Annual report of the Bengal Veterinary College and of the Civil Veterinary Department, Bengal, for the year 1915-16 - 1915-1916
Year: 1915
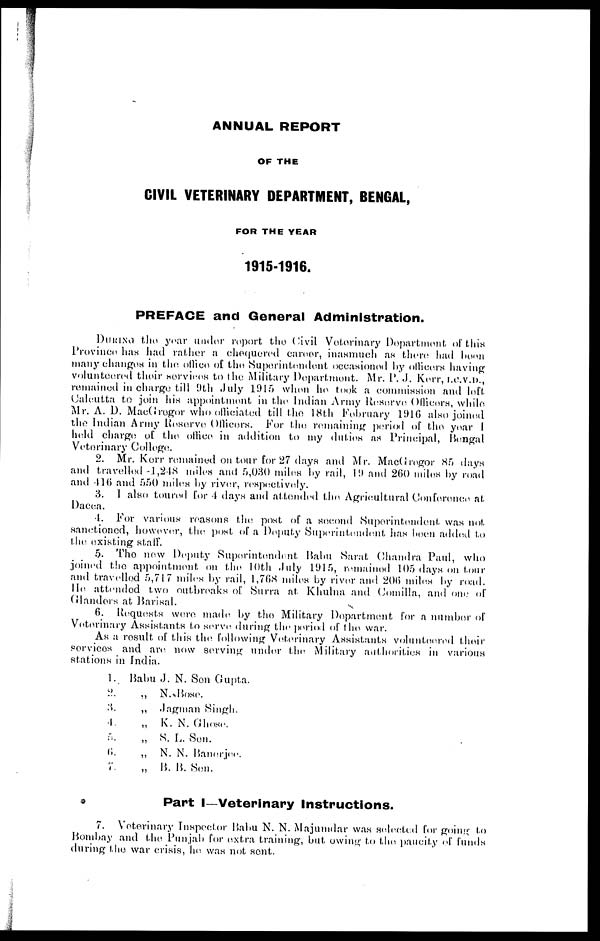
ANNUAL REPORT
OF THE
CIVIL VETERINARY DEPARTMENT, BENGAL,
FOR THE YEAR
1915-1916.
PREFACE and General Administration.
DURING the year under report the Civil Veterinary Department of this
Province has had rather a chequered career, inasmuch as there had been
many changes in the office of the Superintendent occasioned by officers having
volunteered their services to the Military Department. Mr. P. J. Kerr, I.C.V.D.,
remained in charge till 9th July 1915 when he took a commission and loft
Calcutta to join his appointment in the Indian Army Reserve Officers, while
Mr. A. D. MacGrogor who officiated till the 18th February 1916 also joined
the Indian Army Reserve Officers. For the remaining period of the year I
held charge of the office in addition to my duties as Principal, Bengal
Veterinary College.
2. Mr. Korr remained on tour for 27 days and Mr. MacGrogor Ho days
and travelled 1,248 miles and 5,030 miles by rail, 19 and 260 miles by road
and 416 and 550 miles by river, respectively.
3. I also toured for 4 days and attended the, Agricultural Conference at
Dacca.
4. For various reasons the post of a second Superintendent was not
sanctioned, however, the post of a Deputy Superintendent has been added to
the existing staff.
5. The new Deputy Superintendent Babu Sarat Chandra Paul, who
joined the appointment on the 10th duly 1915, remained 105 days on tour
and travelled 5,717 miles by rail, 1,768 miles by river and 206 miles by road.
He attended two outbreaks of Surra at Khulna and Camilla, and one of
Glanders at Barisal.
6. Requests were made by the Military Department for a number of
Veterinary Assistants to serve during the period of the war.
As a result of this the following Veterinary Assistants volunteered their
services and are. now serving under the Military authorities in various
stations in India.
1. Babu J. N. Son Gupta.
2.
„ N. Bose.
3. „ Jagman Singh.
4.
„
K. N. Ghose.
5.
„
S. L. Sen.
6.
„
N. N. Banerjee.
7.
„ B. B. Sen.
Part I—Veterinary Instructions.
7. Veterinary Inspector Babu N. N. Majumdar was selected for going to
Bombay and the Punjab for extra training, but owing to the paucity of funds
during the war crisis, he was not sent.